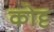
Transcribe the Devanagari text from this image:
कोट्ट